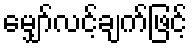
မျှော်လင့်ချက်ဖြင့်